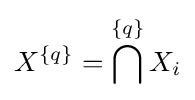
X^{\{q\}}=\bigcap ^{\{q\}}X_{i}